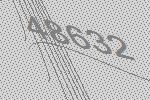
48632